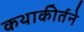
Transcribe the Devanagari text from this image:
कथाकीर्तने